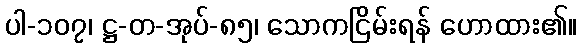
ပါ-၁၀၇၊ ဋ္ဌ-တ-အုပ်-၈၅၊ သောကငြိမ်းရန် ဟောထား၏။